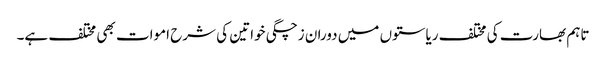
تاہم بھارت کی مختلف ریاستوں میں دوران زچگی خواتین کی شرح اموات بھی مختلف ہے۔